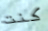
كنت